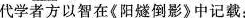
代学者方以智在《阳燧倒影》中记载